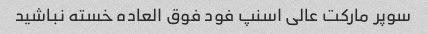
سوپر مارکت عالی اسنپ فود فوق العاده خسته نباشید